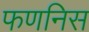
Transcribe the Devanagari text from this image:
फणनिस